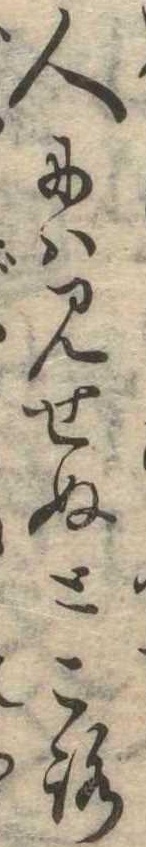
人には見せぬところ